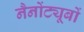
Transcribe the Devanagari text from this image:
नैनोंट्यूबों